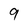
Character: 9